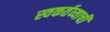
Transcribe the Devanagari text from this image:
स्वकर्तव्याची